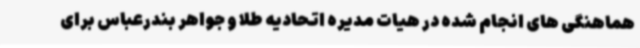
هماهنگی های انجام شده در هیات مدیره اتحادیه طلا و جواهر بندرعباس برای